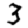
Digit: 3